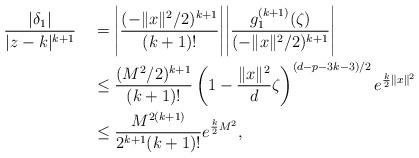
LaTeX: \begin{align*}\frac{|\delta_1|}{|z-k|^{k+1}} &\quad=\Bigg|\frac{(-\|x\|^2/2)^{k+1}}{(k+1)!}\Bigg|\Bigg| \frac{g_1^{(k+1)}(\zeta)}{(-\|x\|^2/2)^{k+1}}\Bigg| \\&\quad\leq\frac{(M^2/2)^{k+1}}{(k+1)!}\left(1-\frac{\|x\|^2}{d}\zeta\right)^{(d-p-3k-3)/2}e^{\frac{k}{2}\|x\|^2} \\&\quad\leq\frac{M^{2(k+1)}}{2^{k+1}(k+1)!} e^{\frac{k}{2}M^2},\end{align*}